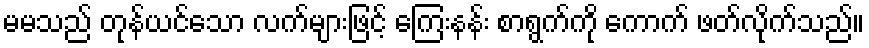
မမသည် တုန်ယင်သော လက်များဖြင့် ကြေးနန်း စာရွက်ကို ကောက် ဖတ်လိုက်သည်။